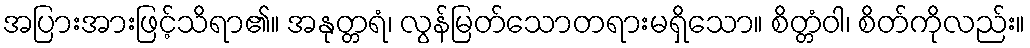
အပြားအားဖြင့်သိရာ၏။ အနုတ္တရံ၊ လွန်မြတ်သောတရားမရှိသော။ စိတ္တံဝါ၊ စိတ်ကိုလည်း။